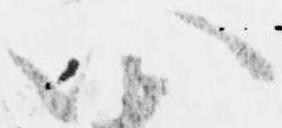
以